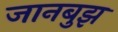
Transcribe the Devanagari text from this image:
जानबुझ